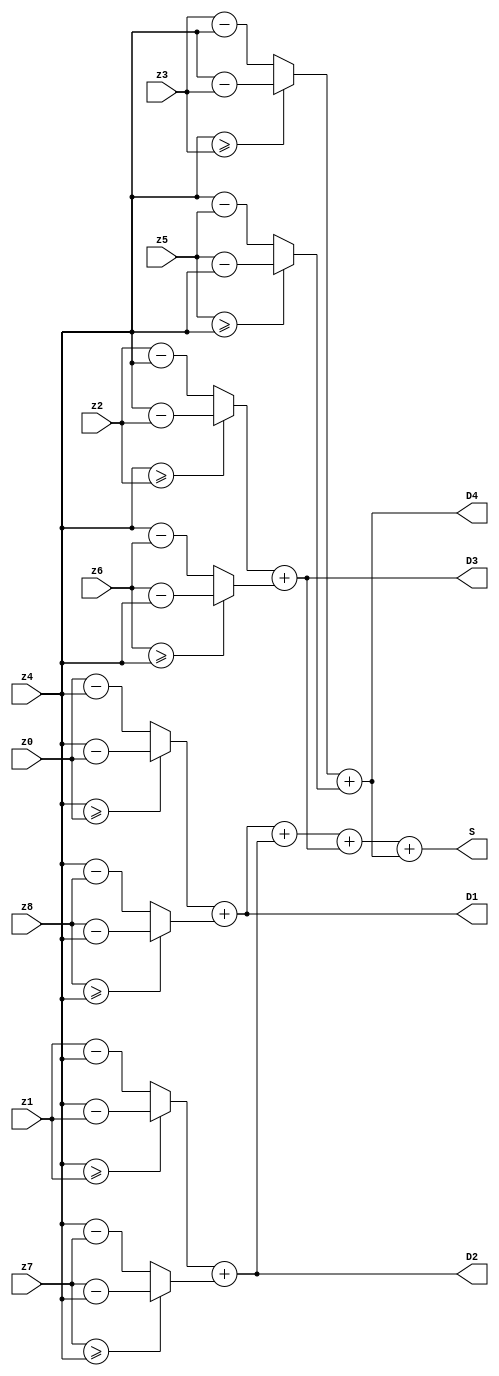
`timescale 1ns / 1ps
//////////////////////////////////////////////////////////////////////////////////
// Company: 
// Engineer: 
// 
// Design Name: 
// Module Name: Mor_Gradient
// Project Name: 
// Target Devices: 
// Tool Versions: 
// Description: Morphological Gradient
// 
// Dependencies: 
// 
// Revision:
// Revision 0.01 - File Created
// Additional Comments:
// 
//////////////////////////////////////////////////////////////////////////////////


module Mor_Gradient_fuzzy(z0, z1, z2, z3, z4, z5, z6, z7, z8, D1, D2, D3, D4, S);
    // usually grayscale image has 8 to 24 bits per pixel
    //color image has 24 bits per pixel
    //reg [639:0] pixels [0:319];
    //two dimensional pixels, each pixel contains a 8-bit number(0 to 255)
    parameter bit = 8;

    input [7:0] z0, z1, z2, z3, z4, z5, z6, z7, z8;
    output wire [7:0] D1, D2, D3, D4, S;
    // need to have an input binary file here to fill out pixels
    //just testing for now
    
    // now try to use a state machine
    wire [7:0] D1_a, D1_b, D2_a, D2_b, D3_a, D3_b, D4_a, D4_b;    
    
    assign D1_a = (z4 >= z0) ? (z4 - z0):(z0 - z4);
    assign D1_b = (z8 >= z4) ? (z8 - z4):(z4 - z8);
    assign D1   = D1_a + D1_b;
    assign D2_a = (z4 >= z1) ? (z4 - z1):(z1 - z4);
    assign D2_b = (z7 >= z4) ? (z7 - z4):(z4 - z7);
    assign D2   = D2_a + D2_b;
    assign D3_a = (z4 >= z2) ? (z4 - z2):(z2 - z4);
    assign D3_b = (z6 >= z4) ? (z6 - z4):(z4 - z6);
    assign D3   = D3_a + D3_b;
    assign D4_a = (z4 >= z3) ? (z4 - z3):(z3 - z4);
    assign D4_b = (z5 >= z4) ? (z5 - z4):(z4 - z5);
    assign D4   = D4_a + D4_b;
    assign S    = (D1 + D2 + D3 + D4);
endmodule